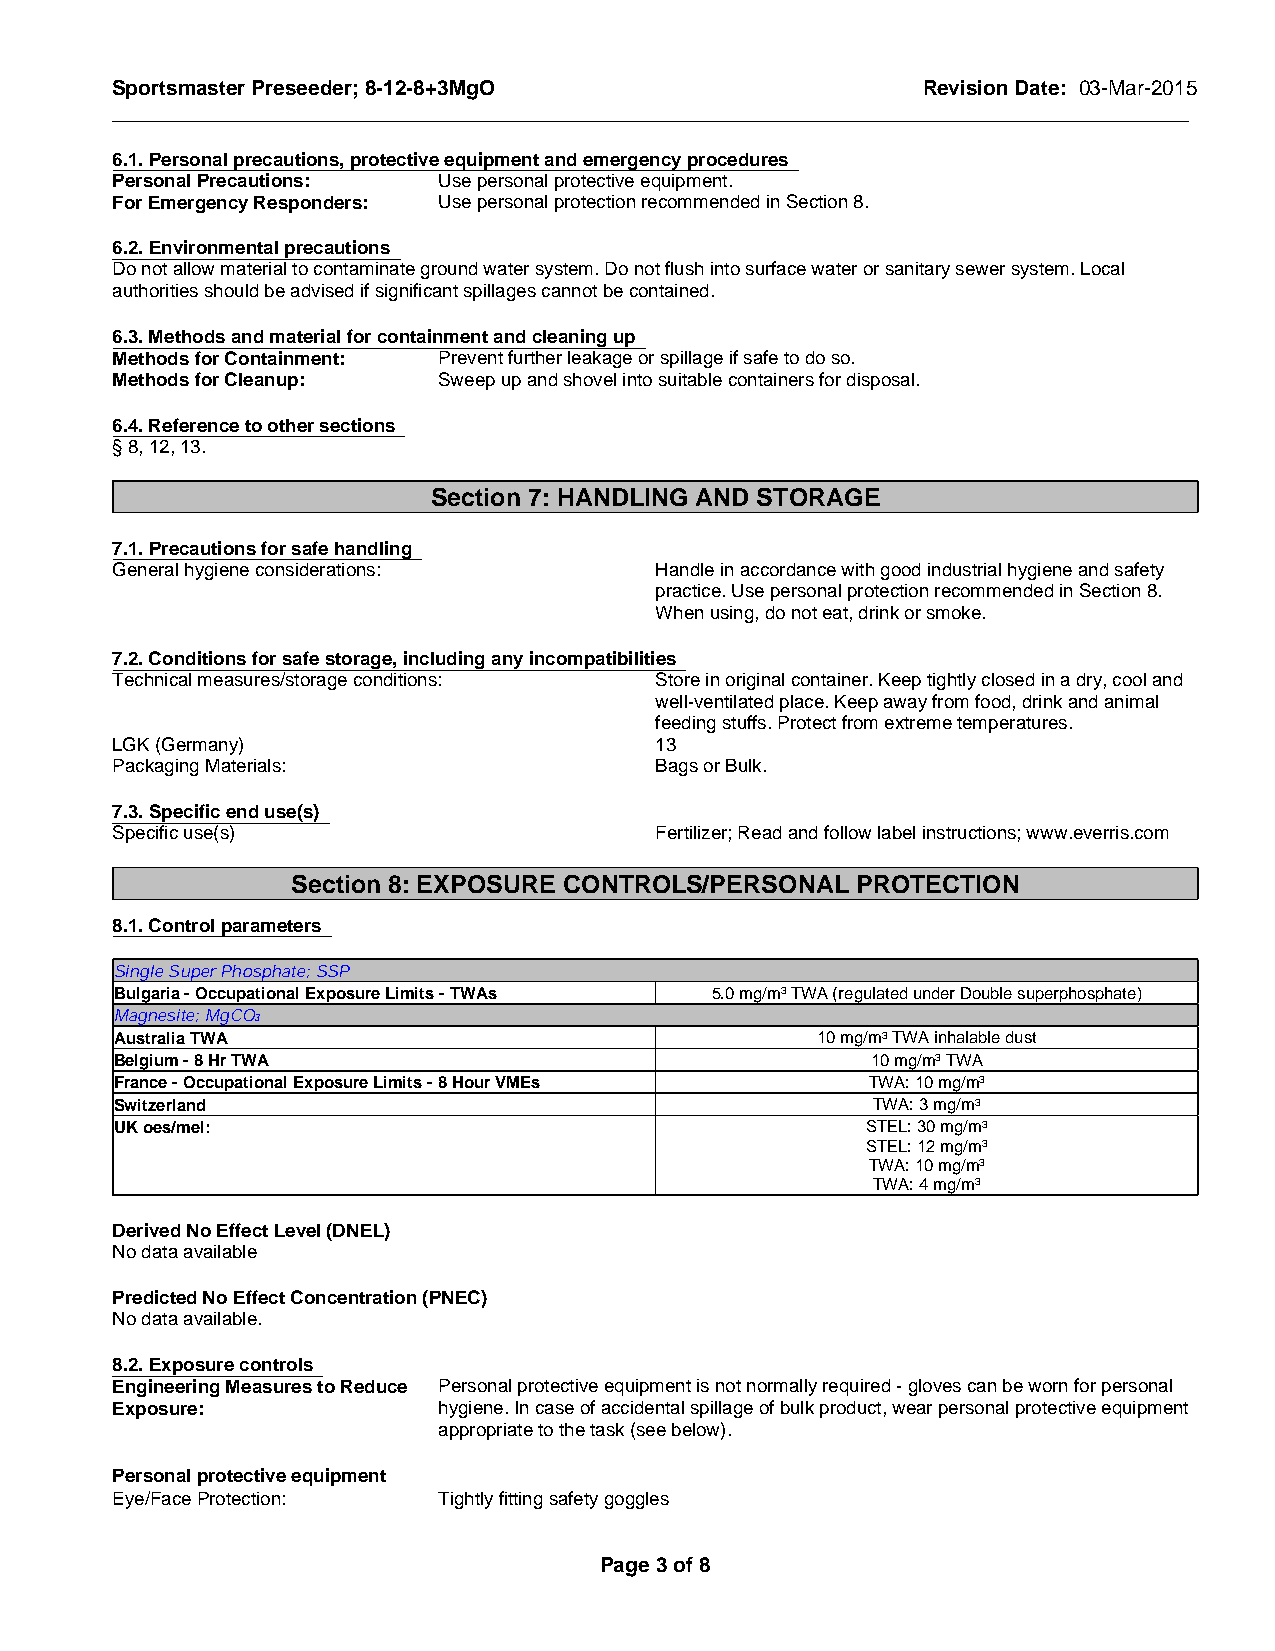
Sportsmaster Preseeder; 8-12-8+3MgO                   Revision Date: 03-Mar-2015
 _____________________________________________________________________________________________
 6.1. Personal precautions, protective equipment and emergency procedures
 Personal Precautions: Use personal protective equipment.
 For Emergency Responders: Use personal protection recommended in Section 8.
 6.2. Environmental precautions
 Do not allow material to contaminate ground water system. Do not flush into surface water or sanitary sewer system. Local
 authorities should be advised if significant spillages cannot be contained.
 6.3. Methods and material for containment and cleaning up
 Methods for Containment: Prevent further leakage or spillage if safe to do so.
 Methods for Cleanup:  Sweep up and shovel into suitable containers for disposal.
 6.4. Reference to other sections
 § 8, 12, 13.
 Section 7: HANDLING AND STORAGE
 7.1. Precautions for safe handling
 General hygiene considerations:     Handle in accordance with good industrial hygiene and safety
 practice. Use personal protection recommended in Section 8.
 When using, do not eat, drink or smoke.
 7.2. Conditions for safe storage, including any incompatibilities
 Technical measures/storage conditions: Store in original container. Keep tightly closed in a dry, cool and
 well-ventilated place. Keep away from food, drink and animal
 feeding stuffs. Protect from extreme temperatures.
 LGK (Germany)                       13
 Packaging Materials:                Bags or Bulk.
 7.3. Specific end use(s)
 Specific use(s)                     Fertilizer; Read and follow label instructions; www.everris.com
 Section 8: EXPOSURE CONTROLS/PERSONAL PROTECTION
 8.1. Control parameters
 Single Super Phosphate; SSP
 Bulgaria - Occupational Exposure Limits - TWAs 5.0 mg/m3 TWA (regulated under Double superphosphate)
 Magnesite; MgCO3
 Australia TWA                                 10 mg/m3 TWA inhalable dust
 Belgium - 8 Hr TWA                                10 mg/m3 TWA
 France - Occupational Exposure Limits - 8 Hour VMEs TWA: 10 mg/m3
 Switzerland                                       TWA: 3 mg/m3
 UK oes/mel:                                      STEL: 30 mg/m3
 STEL: 12 mg/m3
 TWA: 10 mg/m3
 TWA: 4 mg/m3
 Derived No Effect Level (DNEL)
 No data available
 Predicted No Effect Concentration (PNEC)
 No data available.
 8.2. Exposure controls
 Engineering Measures to Reduce Personal protective equipment is not normally required - gloves can be worn for personal
 Exposure:             hygiene. In case of accidental spillage of bulk product, wear personal protective equipment
 appropriate to the task (see below).
 Personal protective equipment
 Eye/Face Protection:  Tightly fitting safety goggles
 Page 3 of 8